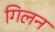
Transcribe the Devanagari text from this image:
गिलन